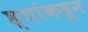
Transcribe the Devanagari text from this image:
ह्यांकढून